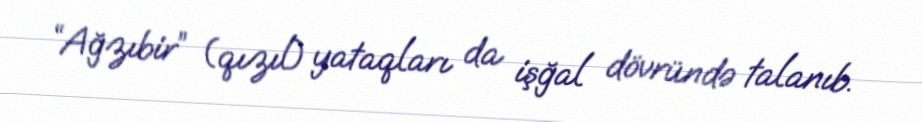
“Ağzıbir” (qızıl) yataqları da işğal dövründə talanıb.